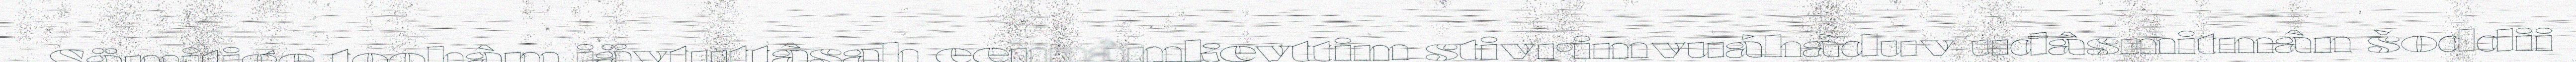
Sämitige toohâm iävtuttâsah eennâmkevttim stivrimvuáháduv uđâsmitmân šoddii